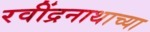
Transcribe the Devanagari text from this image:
रवींद्रनाथाच्या